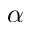
\alpha